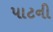
પાટની